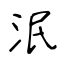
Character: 泯